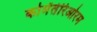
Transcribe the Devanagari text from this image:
कोमेंतेरिओरम